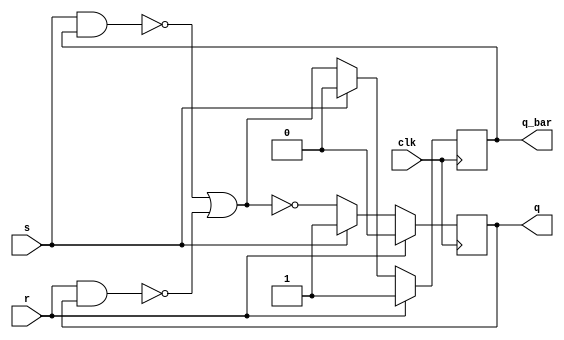
module sr_flipflop (
    input wire clk, // Clock signal
    input wire s, // Set input
    input wire r, // Reset input
    output reg q, // Q output
    output reg q_bar // Q_bar output
);

// D flip-flop implementation using NAND gates, NOR gate, and inverters
wire nand_out1, nand_out2, nor_out;

assign nand_out1 = ~(s & q_bar);
assign nand_out2 = ~(r & q);
assign nor_out = ~(nand_out1 | nand_out2);

always @(posedge clk) begin
    if (r) begin
        q <= 0;
        q_bar <= 1;
    end else if (s) begin
        q <= 1;
        q_bar <= 0;
    end else begin
        q <= nor_out;
        q_bar <= ~nor_out;
    end
end

endmodule